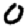
Digit: 0